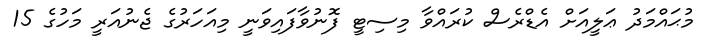
މުޙައްމަދު ޢަލީއަށް އެޑްރެސް ކުރައްވާ މިސިޓީ ފޮނުވާފައިވަނީ މިއަހަރުގެ ޖެނުއަރީ މަހުގެ 15